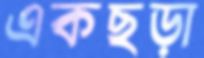
একছড়া